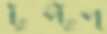
টুপ্‌টুপ্‌